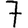
Digit: 7